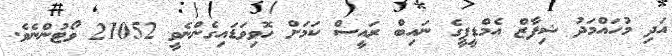
އަދި މުހައްމަދު ޝިފާޒް އެމްޑީޕީގެ ނައިބް ރައީސް ކަމަށް ހޮވިވަޑައިގެންނެވީ 21052 ވޯޓުންނެވެ.